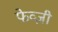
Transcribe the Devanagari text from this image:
फेव्ज़ी